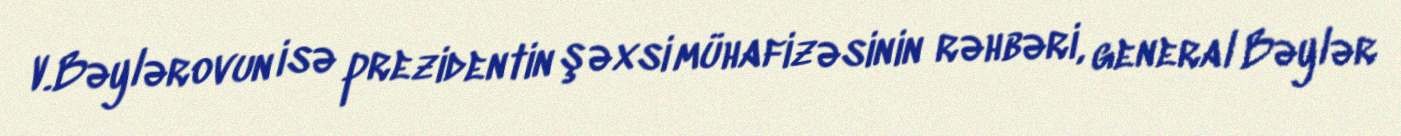
V.Bəylərovun isə prezidentin şəxsi mühafizəsinin rəhbəri, general Bəylər